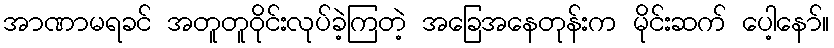
အာဏာမရခင် အတူတူဝိုင်းလုပ်ခဲ့ကြတဲ့ အခြေအနေတုန်းက မိုင်းဆက် ပေါ့နော်။